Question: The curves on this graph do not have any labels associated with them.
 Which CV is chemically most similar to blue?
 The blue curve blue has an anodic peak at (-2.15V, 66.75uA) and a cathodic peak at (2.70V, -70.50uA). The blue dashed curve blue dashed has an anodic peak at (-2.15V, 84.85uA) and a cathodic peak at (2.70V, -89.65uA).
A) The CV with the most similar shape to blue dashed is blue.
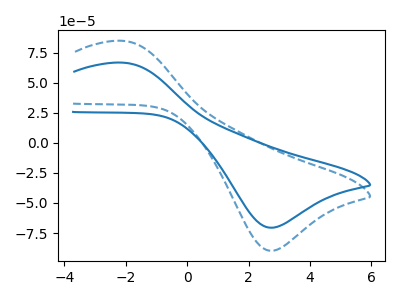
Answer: <think>All the peaks in "blue" have a peak in "blue dashed" at the same potential. Every peak in "blue" is lower than every peak in "blue dashed".
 </think>
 <answer>A) The CV with the most similar shape to "blue dashed" is "blue".</answer>
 <eval>A</eval>